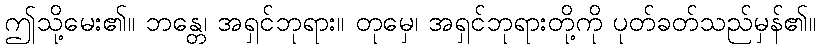
ဤသို့မေး၏။ ဘန္တေ၊ အရှင်ဘုရား။ တုမှေ၊ အရှင်ဘုရားတို့ကို ပုတ်ခတ်သည်မှန်၏။